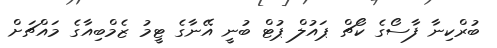
ބުރްކިނާ ފާސޯގެ ކޯޗް ޕައުލް ޕުޓް ބުނީ އޭނާގެ ޓީމު ޒެމްބިއާގެ މައްޗަށް